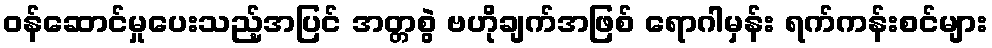
ဝန်ဆောင်မှုပေးသည့်အပြင် အတ္တစွဲ ဗဟိုချက်အဖြစ် ရောဂါမှန်း ရက်ကန်းစင်များ